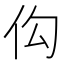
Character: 𪜩